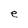
Character: e